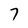
Character: 7